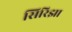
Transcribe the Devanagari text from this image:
सिरिझा